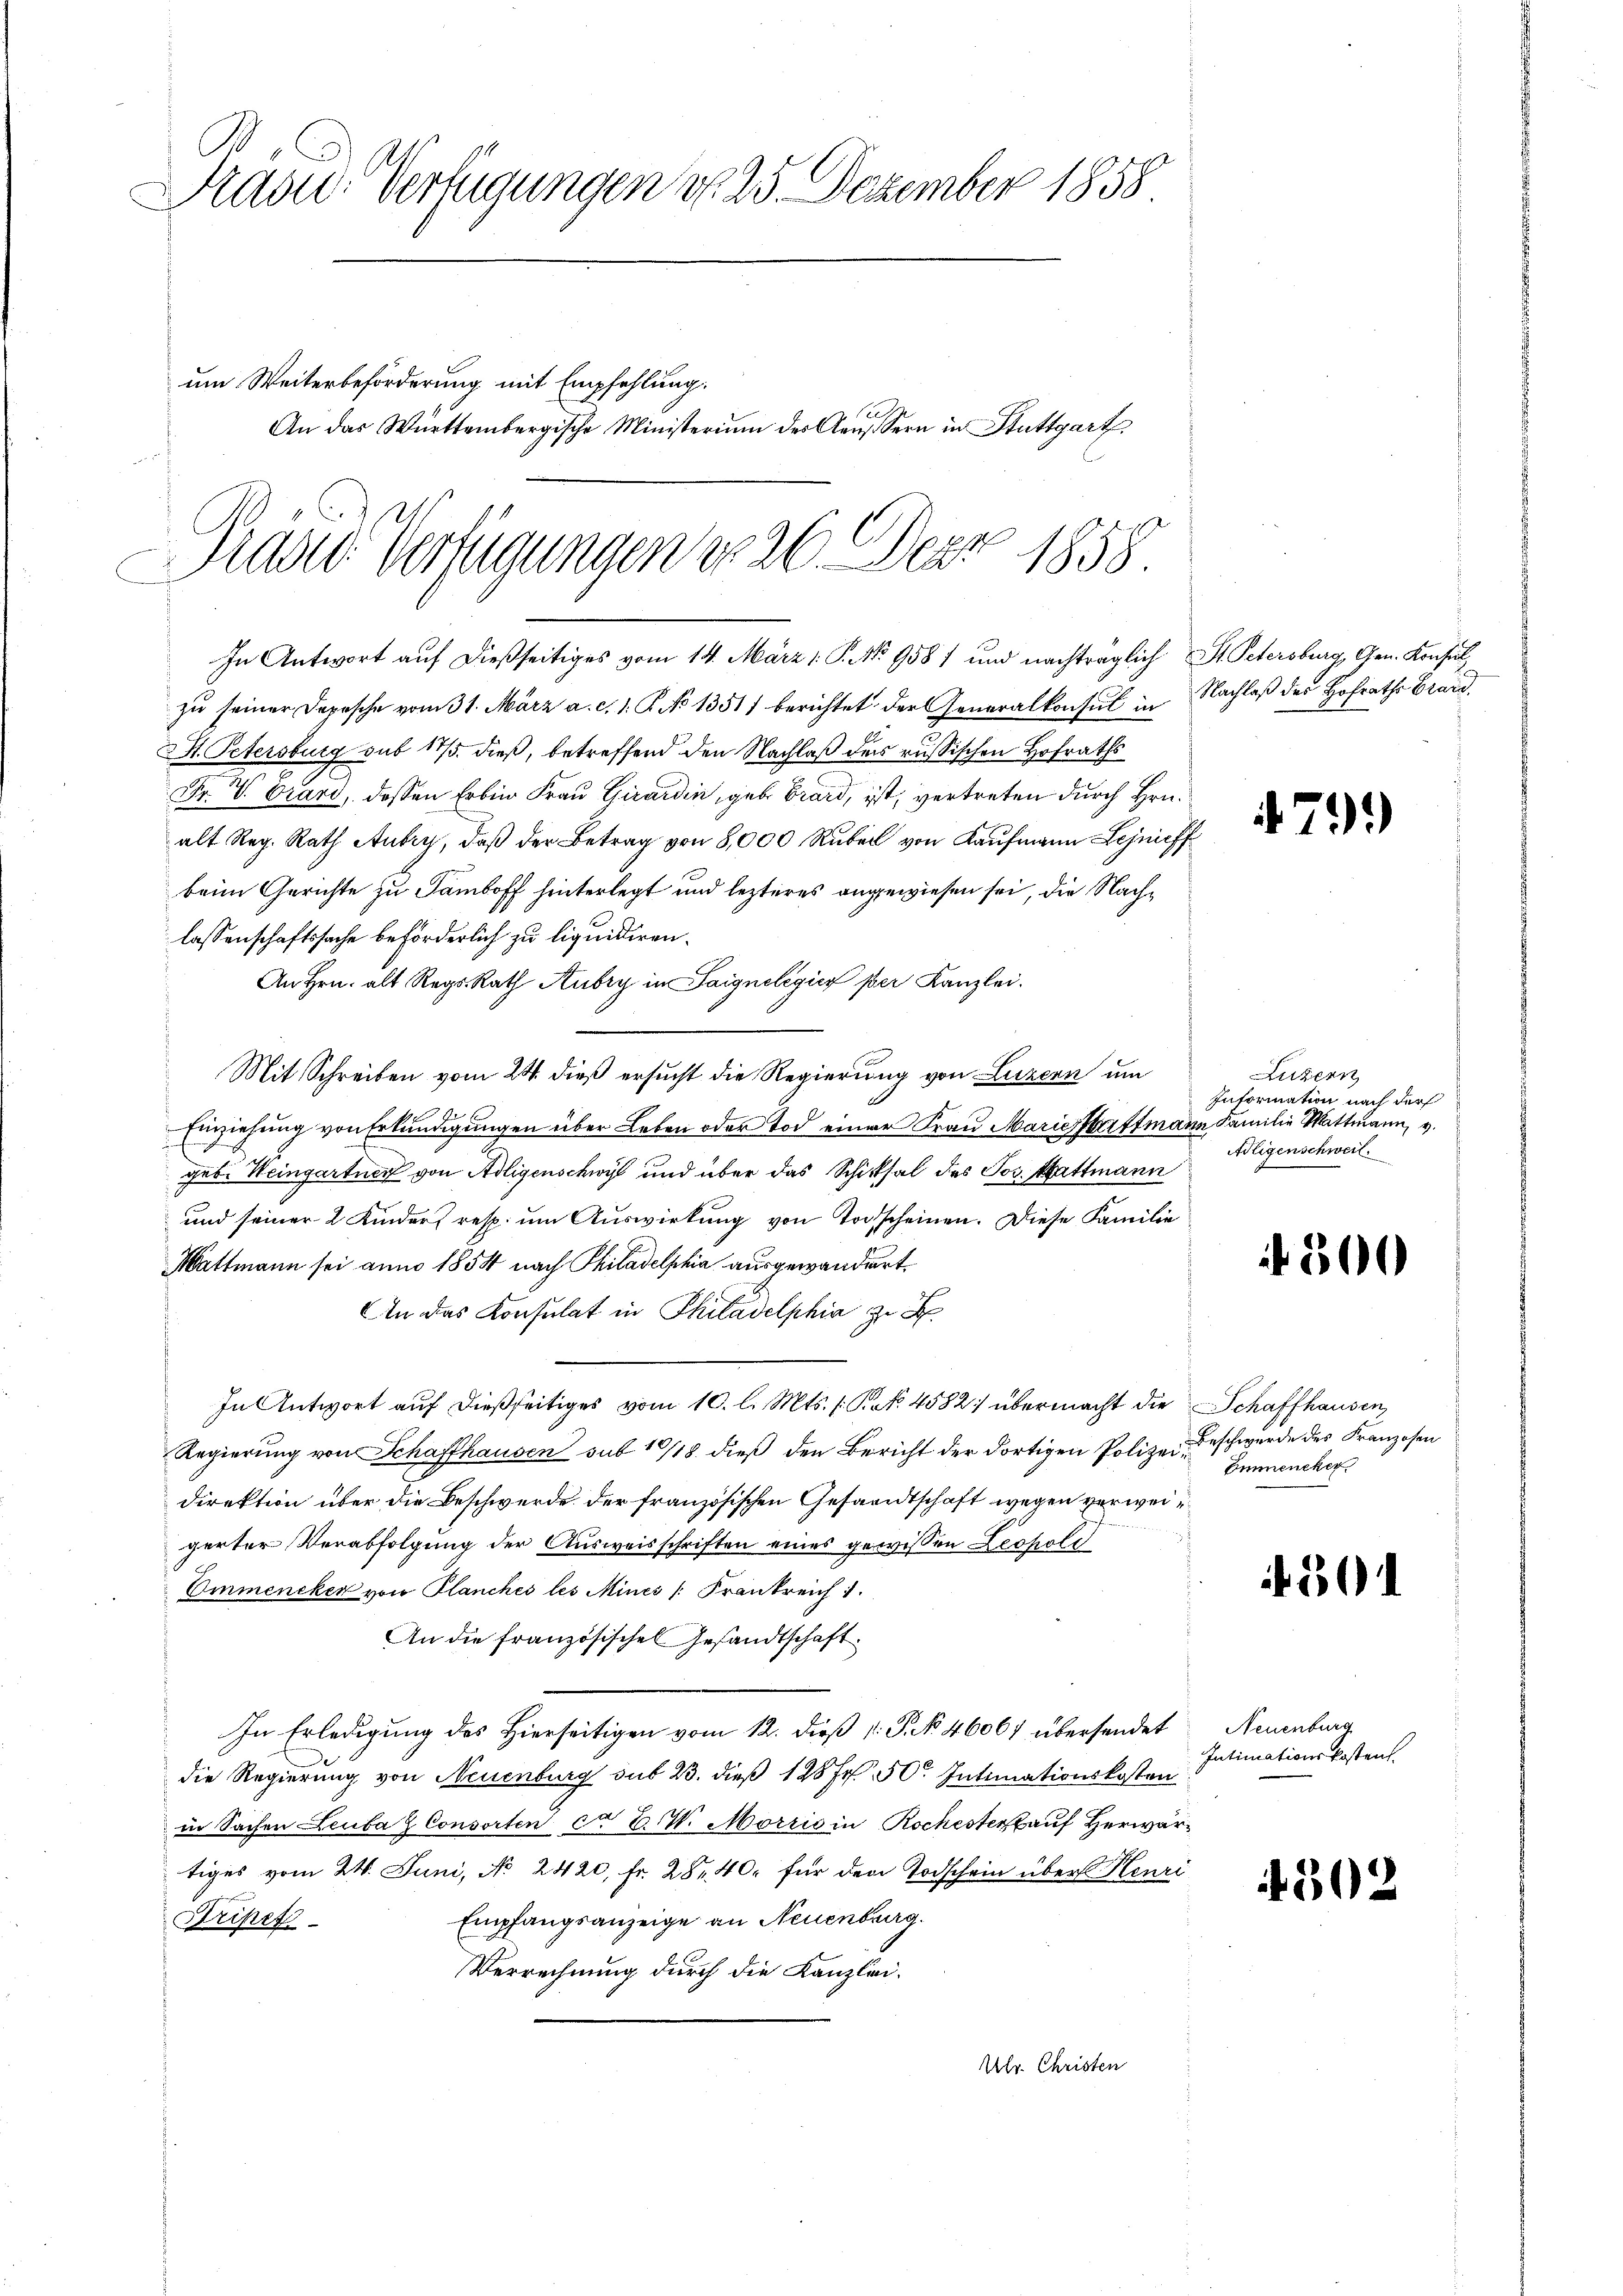
Präsid. Verfügungen d. 25. Dezember 1858
um Weiterbeförderung mit Empfehlung.
An das Württembergische Ministerium des Aeussern in Stuttgart

Präsid Verfügungen No 26 Dez. 1858.
u
In Antwort auf dießseitiges vom 14. März 1. P. NNo. 958) und nachträglich St. Petersburg, Gen. Konsul

zu seiner Depesche vom 31. März a. c. 1. P. No 1351) berichtet der Generalkonsul in Nachlaß des Hofraths Grard,
SSt. Petersburg sub 17/5. dieß, betreffend den Nachlaß der russischen Hofraths
Fr. V. Crard, dessen Erben Frau Girardin, geb. Grard, ist, vertreten durch Hrn.
alt Reg. Rath Aubry, daβ der Betrag von 8,000 Rŭber von Kaufmann Lejnieff
beim Gerichte zu Samboff hinterlegt und lezteres angewiesen sei, die Nachlassenschaftssache beförderlich zu liquidiren.
An Hrn. alt Regs Rath Aubry in Saigneligiis per Kanzlei.
2
Mit Schreiben vom 24. dieß ersucht die Regierung von Luzern um
.
1
Einziehung von Erkundigungen über Leben oder Tod einer Frau Marie Haftmann Familie Wattmann, v.
geb. Weingartner von Adligenschwyl und über das Schicksal des Jos. Hattmann
und seiner 2 Kinders resp. um Auswirkung von Todscheinen. Diese Familie
Wattmann sei anno 1854 nach Philadelphia ausgewandiert.
An das Konsulat in Philadelphia zu H
In Antwort auf dießseitiges vom 10. l. Mts. 1 S. 4582) übermacht die Schaffhausen,
Regierung von Schaffhausen sub 10/18 dieß den Bericht der dortigen Polizeidirektion über die Beschwerde der französischen Gesandtschaft wegen verweigerter Verabfolgung der Ausweisschriften eines gewissen Leopold
Emmencken von Planches les Mines /: Frankreich 1.
An die Französischen Gesandtschaft
In Erledigung des Hierseitigen vom 12. dieß 1: P. No. 46067 übersendet
die Regierung von Neuenburg sub 23. dieß 128 Fr. 50. Intimationskosten
in Sachen Leuba & Consorten ca 2. W. Morzić in Rochesterkauf Herwartiges vom 24. Juni, No. 2420. Fr. 28. 40. für den Todschein über Henri
Empfangsanzeige an Neuenburg.
Dripet
Verrechnung durch die Kanzlei¬
Ulr. Christen

4711)

Luzern
Information nach der
Aligenschweil

4300

Beschwerde des Franzosen
Emmencker.

301

Neuenburg
Intimationskostent.

4302